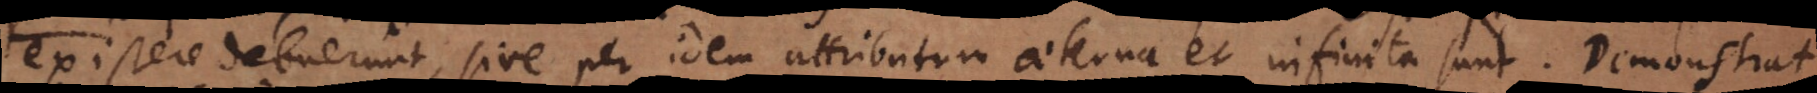
existere debuerunt, sive per idem attributum aeterna et infinita sunt. Demonstrat